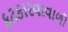
ફટકારવાવાળો